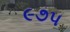
૯૭૫